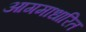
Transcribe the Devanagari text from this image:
आगमाधारित